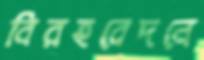
বিরহবেদনে